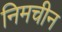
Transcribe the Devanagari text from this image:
निमचीन